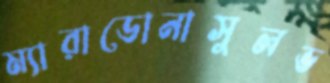
ম্যারাডোনাসুলভ